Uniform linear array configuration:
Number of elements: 8
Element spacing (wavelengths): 1
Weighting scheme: binomial
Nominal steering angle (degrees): -45
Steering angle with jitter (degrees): -45.606
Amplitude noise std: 0.05
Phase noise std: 0.05

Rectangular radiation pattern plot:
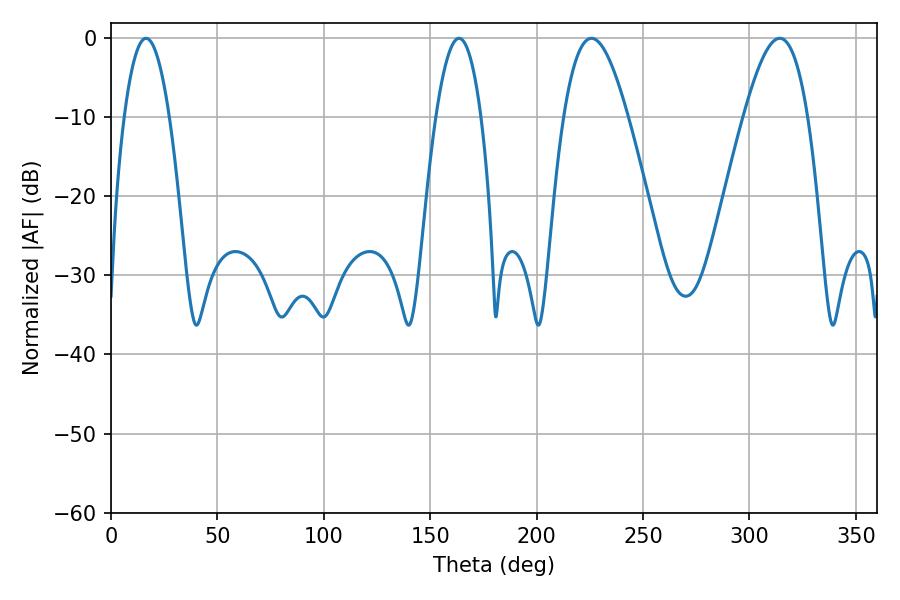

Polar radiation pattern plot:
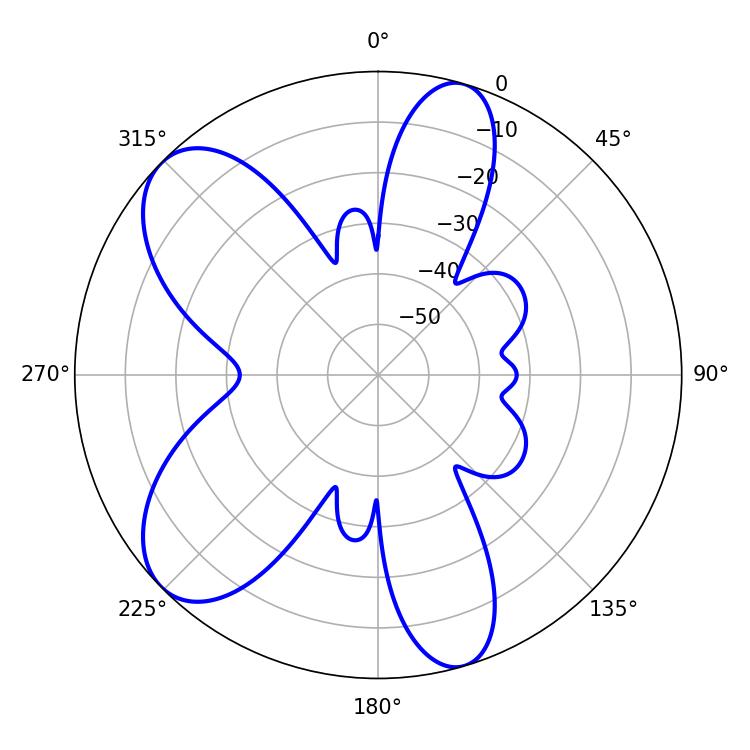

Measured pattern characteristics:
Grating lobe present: TRUE
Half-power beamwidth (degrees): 16.38
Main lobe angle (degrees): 225.72